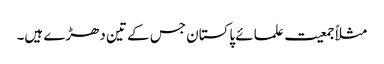
مثلاً جمعیت علمائے پاکستان جس کے تین دھڑے ہیں۔